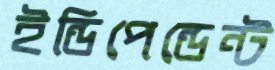
ইন্ডিপেন্ডেন্ট